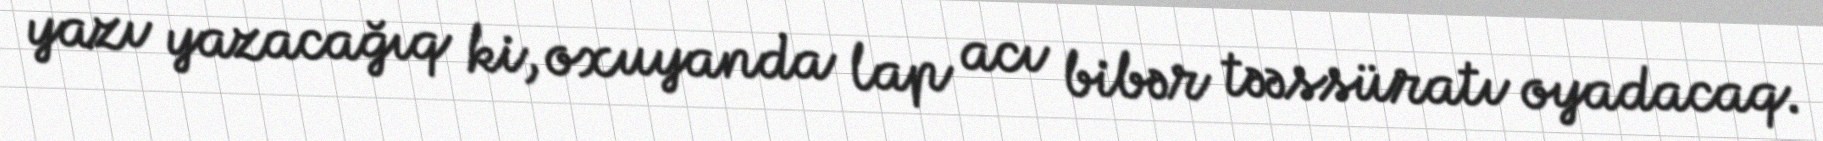
yazı yazacağıq ki, oxuyanda lap acı bibər təəssüratı oyadacaq.